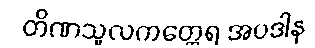
တိဏသူလကတ္ထေရ အပဒါန